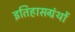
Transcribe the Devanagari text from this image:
इतिहासग्रंथों